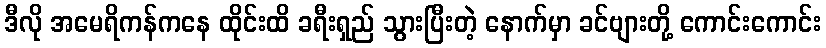
ဒီလို အမေရိကန်ကနေ ထိုင်းထိ ခရီးရှည် သွားပြီးတဲ့ နောက်မှာ ခင်ဗျားတို့ ကောင်းကောင်း